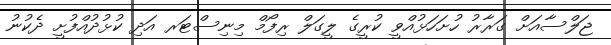
ޖަލްސާއަށް ގަރާރު ހުށަހަޅުއްވީ ކުރީގެ ލީގަލް ރިފޯމް މިނިސްޓަރ އަދި ކުޅުދުއްފުށީ ދެކުނު